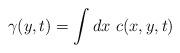
LaTeX: \begin{align*}\gamma(y,t) =\int dx \ c(x,y,t)\end{align*}